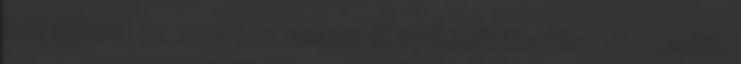
lett újítva. Az ingatlan szinte új építésű átadás 2018.11.hó.